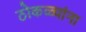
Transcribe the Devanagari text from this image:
ठोकळ्यांना